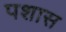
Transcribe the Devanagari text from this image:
पशास